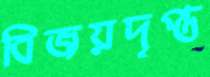
বিজয়দৃপ্ত